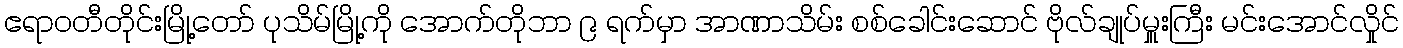
ဧရာဝတီတိုင်းမြို့တော် ပုသိမ်မြို့ကို အောက်တိုဘာ ၉ ရက်မှာ အာဏာသိမ်း စစ်ခေါင်းဆောင် ဗိုလ်ချုပ်မှူးကြီး မင်းအောင်လှိုင်